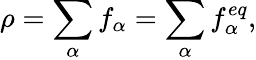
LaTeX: \rho=\sum_{\alpha}f_{\alpha}=\sum_{\alpha}f_{\alpha}^{eq},